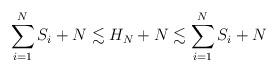
LaTeX: \begin{align*}\sum_{i=1}^NS_i+N\lesssim H_N+N\lesssim\sum_{i=1}^NS_i+N\end{align*}